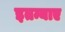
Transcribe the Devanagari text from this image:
इतन्याए